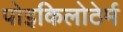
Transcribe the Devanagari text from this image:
पोइकिलोठेर्म